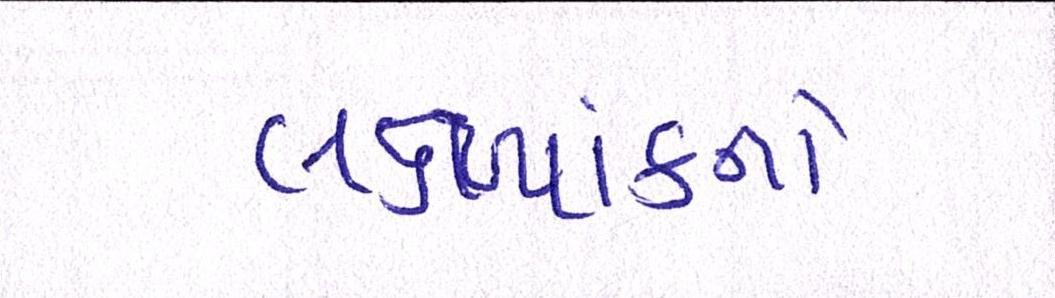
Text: લક્ષ્યાંકનો